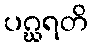
ပဂ္ဃရတိ